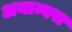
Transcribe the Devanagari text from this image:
अनाम्बस